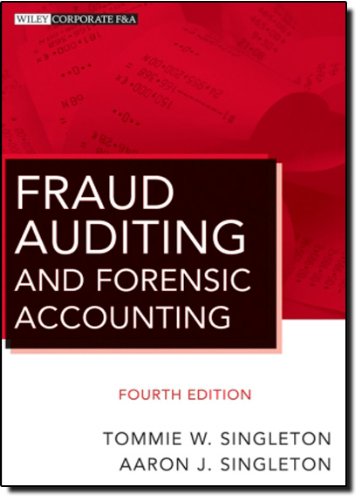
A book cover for Fraud Auditing and Forensic Accounting; Tommie W. Singleton; Business & Money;